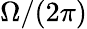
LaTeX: \Omega/(2\pi)